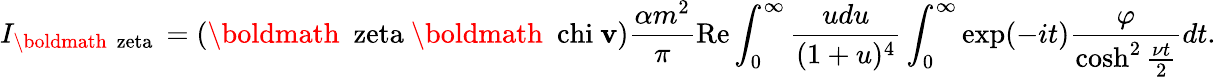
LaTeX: I_{\mathrm{\boldmath~\ zeta~}}=(\mathrm{\boldmath~\ zeta~}\mathrm{\boldmath~\ chi~}{\mathbf v})\frac{\alpha m^{2}}{\pi}\mathrm{Re}\int_{0}^{\infty}\frac{udu}{(1+u)^{4}}\int_{0}^{\infty}\exp(-it)\frac{\varphi}{\cosh^{2}\frac{\nu t}{2}}dt.